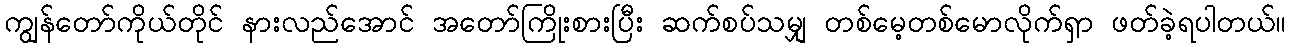
ကျွန်တော်ကိုယ်တိုင် နားလည်အောင် အတော်ကြိုးစားပြီး ဆက်စပ်သမျှ တစ်မေ့တစ်မောလိုက်ရှာ ဖတ်ခဲ့ရပါတယ်။